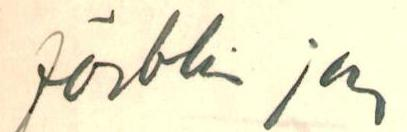
förbli jag